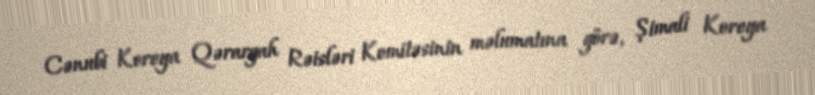
Cənubi Koreya Qərargah Rəisləri Komitəsinin məlumatına görə, Şimali Koreya